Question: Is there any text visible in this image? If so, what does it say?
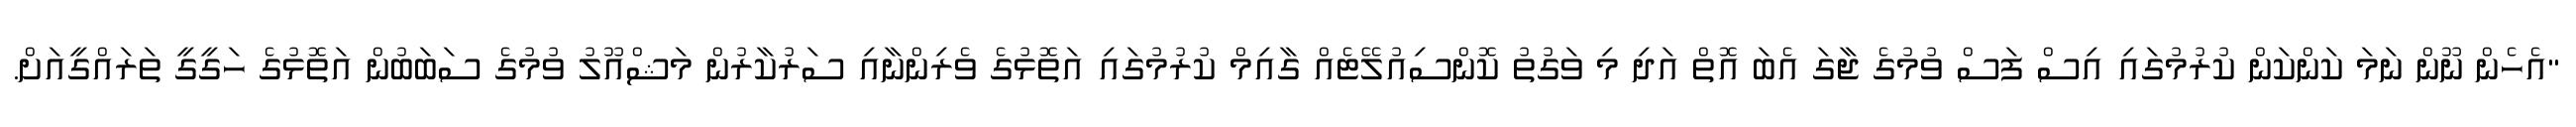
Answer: "އެހެން ނޫން ނަމަ ކަންކަން ކުރުމުގައި އިސް ފަސް ވުމުގެ ޖާގަ އެބަ އޮތް އަދި މި ވަގުތު ކޮންސިއުލޭޓެއް ގާއިމް ކުރުމުގައި އަތޮޅުގެ ވެރިންނާއި ސަރުކާރުން މަޝްއޫލު ވުމުގެ ސަބަބުން އަތޮޅުގެ ހަގީގީ ތަރައްގީއަށް.